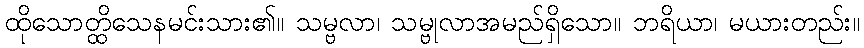
ထိုသောတ္ထိသေနမင်းသား၏။ သမ္ဗလာ၊ သမ္ဗုလာအမည်ရှိသော။ ဘရိယာ၊ မယားတည်း။